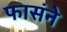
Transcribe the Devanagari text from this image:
फासंने